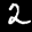
Label: 2